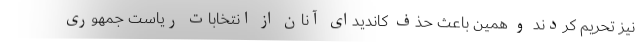
نیز تحریم کردند و همین باعث حذف کاندیدای آنان از انتخابات ریاست جمهوری